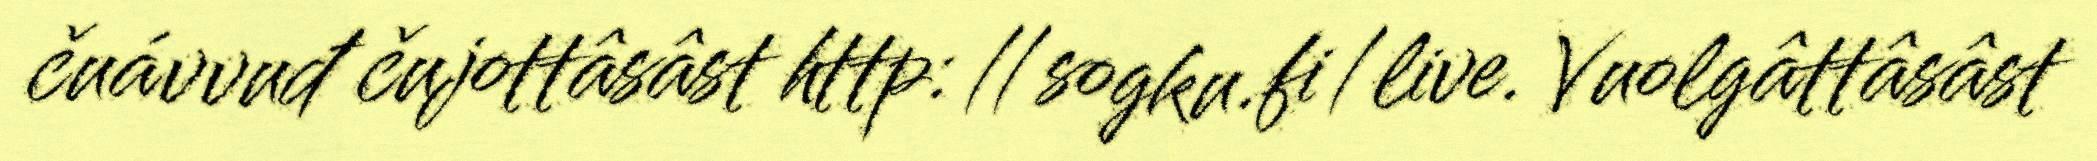
čuávvuđ čujottâsâst http://sogku.fi/live. Vuolgâttâsâst